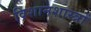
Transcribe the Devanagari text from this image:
विशानशास्त्रों